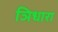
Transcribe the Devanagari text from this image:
ञिधारा